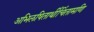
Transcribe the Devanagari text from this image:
अभिलषितार्थीचिंतामणि